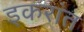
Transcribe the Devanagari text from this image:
इकरांत